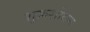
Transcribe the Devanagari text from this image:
शुक्रशोधन